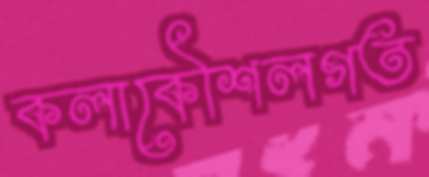
কলাকৌশলগত